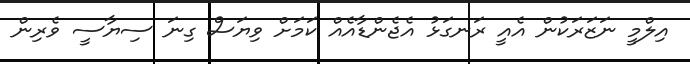
އިލްމީ ނަޒަރަކުން އެއީ ރަނގަޅު އެޖެންޑާއެއް ކަމަށް ވިޔަސް ގިނަ ސިޔާސީ ވެރިން